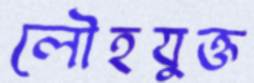
লৌহযুক্ত